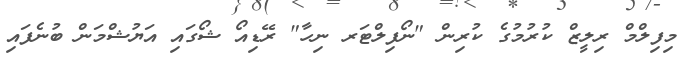
މިފިލްމް ރިލީޒް ކުރުމުގެ ކުރިން "ނޯފިލްޓަރ ނިހާ" ރޭޑިއޯ ޝޯގައި އަޔުޝްމަން ބުނެފައި